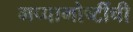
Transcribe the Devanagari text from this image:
गप्पागोष्टींची